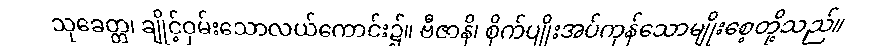
သုခေတ္တ၊ ချိုင့်ဝှမ်းသောလယ်ကောင်း၌။ ဗီဇာနိ၊ စိုက်ပျိုးအပ်ကုန်သောမျိုးစေ့တို့သည်။